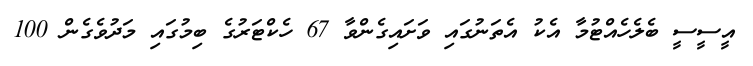
އީސީސީ ބެލެހެއްޓުމާ އެކު އެތަނުގައި ވަށައިގެންވާ 67 ހެކްޓަރުގެ ބިމުގައި މަދުވެގެން 100